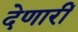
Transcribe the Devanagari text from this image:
देणारीं